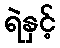
ရဲနှင့်